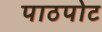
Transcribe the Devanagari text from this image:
पाठपोट